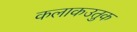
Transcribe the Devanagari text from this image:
कलाकउतुक